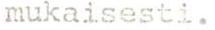
mukaisesti.